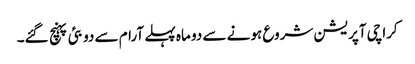
کراچی آپریشن شروع ہونے سے دو ماہ پہلے آرام سے دوبئی پہنچ گئے۔